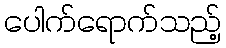
ပေါက်ရောက်သည့်